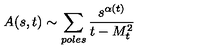
A ( s , t ) \sim \sum _ { p o l e s } \frac { s ^ { \alpha ( t ) } } { t - M _ { t } ^ { 2 } }